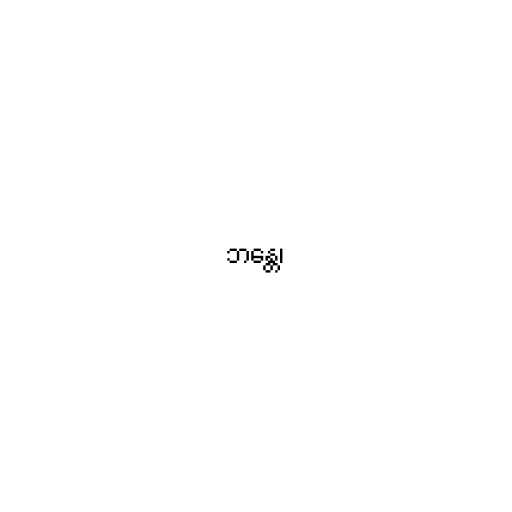
ဘန္တေ၊